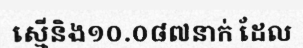
ស្មើនិង១០.០៨៧នាក់ ដែល